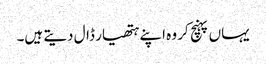
یہاں پہنچ کر وہ اپنے ہتھیار ڈال دیتے ہیں۔